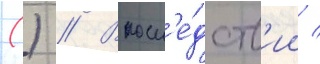
() // Впосл'е́дств'ии /